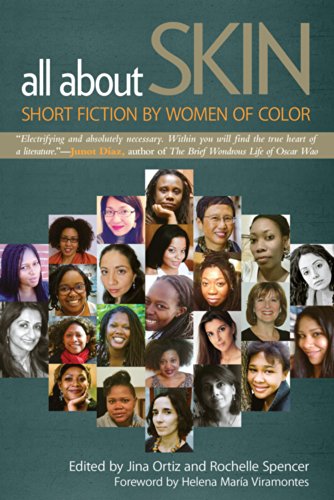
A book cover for All about Skin: Short Fiction by Women of Color; Literature & Fiction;